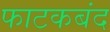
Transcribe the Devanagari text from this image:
फाटकबंद